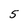
Character: 5